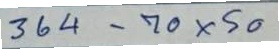
364 - 70x50